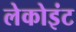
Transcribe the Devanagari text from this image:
लेकोइंट